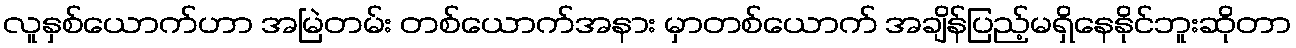
လူနှစ်ယောက်ဟာ အမြဲတမ်း တစ်ယောက်အနား မှာတစ်ယောက် အချိန်ပြည့်မရှိနေနိုင်ဘူးဆိုတာ